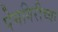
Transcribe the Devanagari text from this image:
पेमगिरीच्या